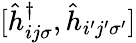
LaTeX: [\hat{h}_{ij\sigma}^{\dagger},\hat{h}_{i^{\prime}j^{\prime}\sigma^{\prime}}]